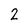
Character: 2